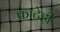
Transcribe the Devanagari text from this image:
फाटेही